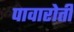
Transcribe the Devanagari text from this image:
पावारोती